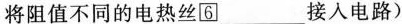
将阻值不同的电热丝固\square{6}___接入电路)